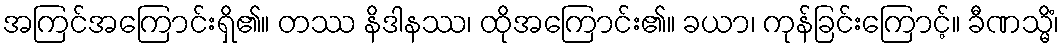
အကြင်အကြောင်းရှိ၏။ တဿ နိဒါနဿ၊ ထိုအကြောင်း၏။ ခယာ၊ ကုန်ခြင်းကြောင့်။ ခီဏသ္မိံ၊